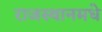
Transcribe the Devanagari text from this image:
राजस्थानमधे